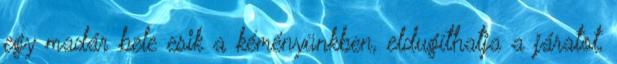
egy madár bele esik a kéményünkben, eldugíthatja a járatot,